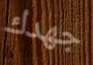
جهدك